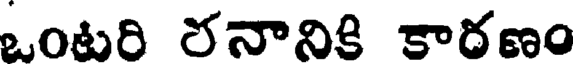
ఒంటరి రనానికి కారణం